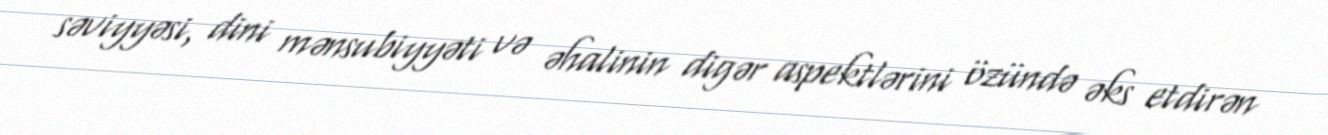
səviyyəsi, dini mənsubiyyəti və əhalinin digər aspektlərini özündə əks etdirən